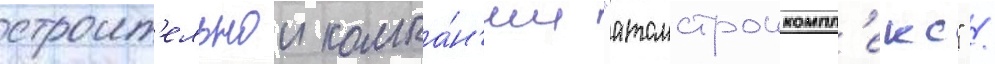
строит'ельнои компа́н'ии "атомстроикомпл'екс" /